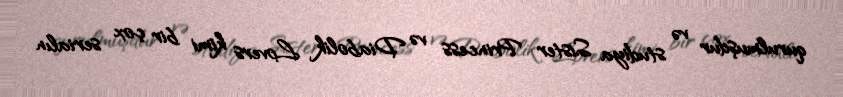
qurulmuşdur və studiya Sister Princess və Diabolik Lovers kimi bir çox serialın